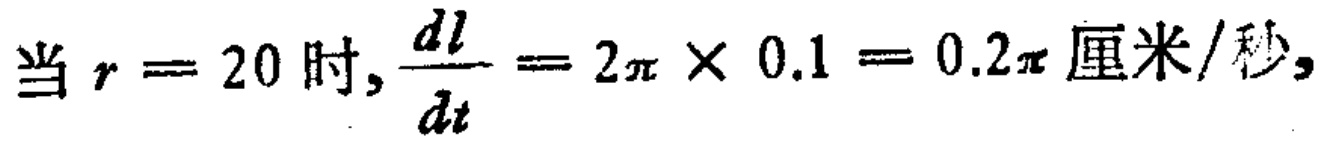
当 \(r = 20\) 时, \(\frac{dl}{dt} = 2\pi \times 0.1 = 0.2\pi \text{厘米/秒}\)